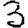
Digit: 3